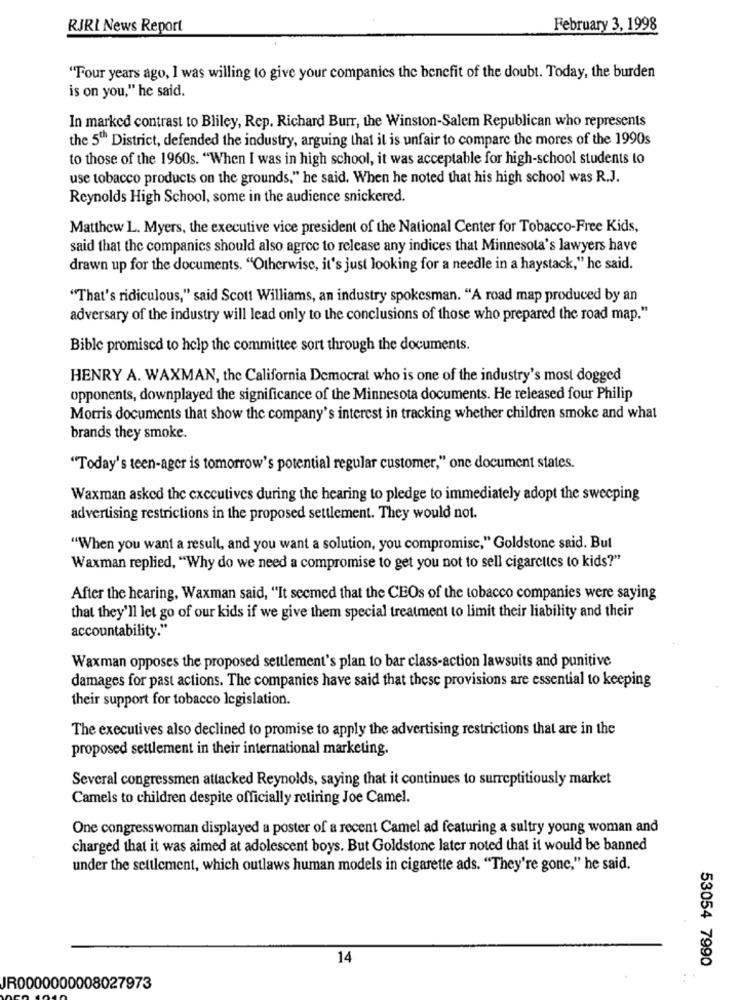
RJRI News Report
February 3, 1998
"Four years ago, I was willing to give your companies the benefit of the doubt. Today, the burden
is on you," he said.
In marked contrast to Bliley, Rep. Richard Burr, the Winston-Salem Republican who represents
the 5th District, defended the industry, arguing that it is unfair to compare the mores of the 1990s
to those of the 1960s. "When I was in high school, it was acceptable for high-school students to
use tobacco products on the grounds," he said. When he noted that his high school was R.J.
Reynolds High School, some in the audience snickered.
Matthew L. Myers, the executive vice president of the National Center for Tobacco-Free Kids,
said that the companies should also agree to release any indices that Minnesota's lawyers have
drawn up for the documents. "Otherwise, it's just looking for a needle in a haystack," he said.
"That's ridiculous," said Scott Williams, an industry spokesman. "A road map produced by an
adversary of the industry will lead only to the conclusions of those who prepared the road map."
Bible promised to help the committee sort through the documents.
HENRY A. WAXMAN, the California Democrat who is one of the industry's most dogged
opponents, downplayed the significance of the Minnesota documents. He released four Philip
Morris documents that show the company's interest in tracking whether children smoke and what
brands they smoke.
"Today's teen-ager is tomorrow's potential regular customer," one document states.
Waxman asked the executives during the hearing to pledge to immediately adopt the sweeping
advertising restrictions in the proposed settlement. They would not.
"When you want a result, and you want a solution, you compromise," Goldstone said. But
Waxman replied, "Why do we need a compromise to get you not to sell cigarettes to kids?"
After the hearing, Waxman said, "It seemed that the CEOs of the tobacco companies were saying
that they'll let go of our kids if we give them special treatment to limit their liability and their
accountability."
Waxman opposes the proposed settlement's plan to bar class-action lawsuits and punitive
damages for past actions. The companies have said that these provisions are essential to keeping
their support for tobacco legislation.
The executives also declined to promise to apply the advertising restrictions that are in the
proposed settlement in their international marketing.
Several congressmen attacked Reynolds, saying that it continues to surreptitiously market
Camels to children despite officially retiring Joe Camel.
One congresswoman displayed a poster of a recent Camel ad featuring a sultry young woman and
charged that it was aimed at adolescent boys. But Goldstone later noted that it would be banned
under the settlement, which outlaws human models in cigarette ads. "They're gone," he said.
14
53054 7990
JR0000000008027973